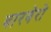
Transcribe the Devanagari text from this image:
बारबेरो